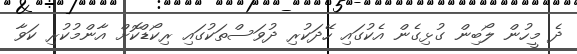
ދެ މީހުން ލޯބިން ގުޅިގެން އެކުގައި ހޭދަކުރި ދުވަސްތަކުގައި ރިކޯޑްކޮށް އާންމުކުރި ކަވާ